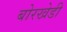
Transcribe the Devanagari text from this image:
बोरखेडी